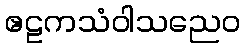
ဧဠကသံဝါသညေဝ